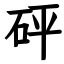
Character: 砰